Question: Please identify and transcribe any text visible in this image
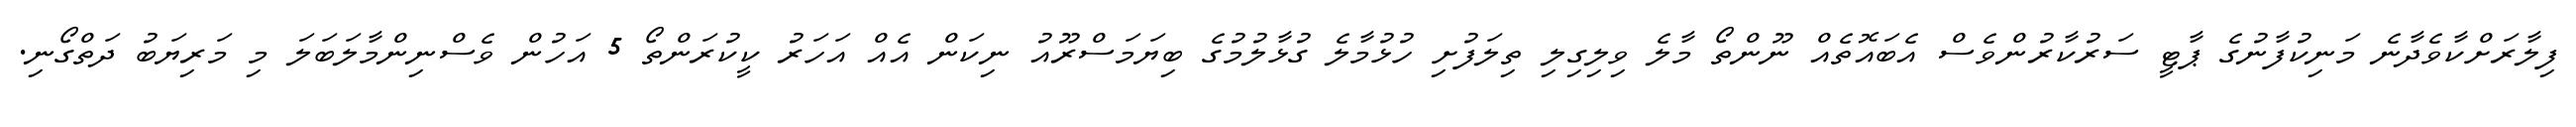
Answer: ފިލާރަށްކާވެދާނެ މަނިކުފާނުގެ ޕާޓީ ސަރުކާރުންވެސް އެބައޮތެއް ނޫންތޯ މާލެ ވިލިގިލި ތިލަފުށި ހުޅުމާލެ ގުޅާލުމުގެ ބިޔަމަސްރޫއު ނިކަން އެއް އަހަރު ކީކުރަންތޯ 5 އަހުން ވެސްނިންމާލަބަލަ މި މަރިޔަބު ދަތްގޯނި.